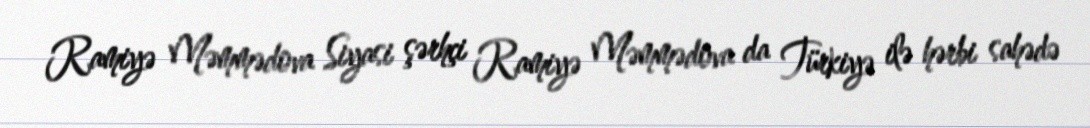
Ramiyə Məmmədova Siyasi şərhçi Ramiyə Məmmədova da Türkiyə ilə hərbi sahədə